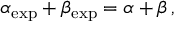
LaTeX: \alpha _ { \mathrm { e x p } } + \beta _ { \mathrm { e x p } } = \alpha + \beta \, ,